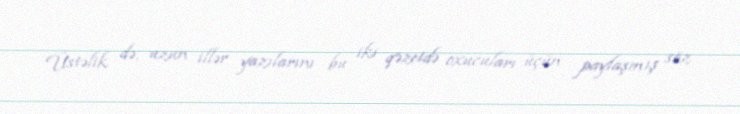
Üstəlik də, uzun illər yazılarını bu iki qəzetdə oxucuları üçün paylaşmış söz